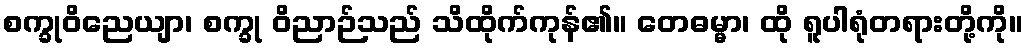
စက္ခုဝိညေယျာ၊ စက္ခု ဝိညာဉ်သည် သိထိုက်ကုန်၏။ တေဓမ္မာ၊ ထို ရူပါရုံတရားတို့ကို။